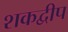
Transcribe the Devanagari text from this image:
शकद्वीप